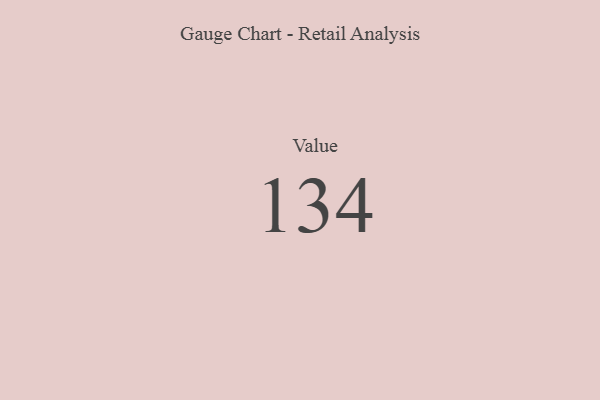
{"axis": {"x": "Metric", "y": "Value"}, "legend": [""], "data": [{"x": "Value", "y": 134, "type": ""}]}